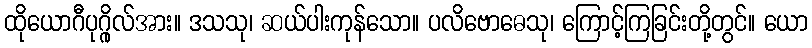
ထိုယောဂီပုဂ္ဂိုလ်အား။ ဒသသု၊ ဆယ်ပါးကုန်သော။ ပလိဗောဓေသု၊ ကြောင့်ကြခြင်းတို့တွင်။ ယော